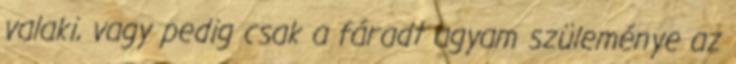
valaki, vagy pedig csak a fáradt agyam szüleménye az